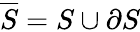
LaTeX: {\overline{{S}}}=S\cup\partial S